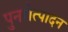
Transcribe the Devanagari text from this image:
पुनरोत्पादन